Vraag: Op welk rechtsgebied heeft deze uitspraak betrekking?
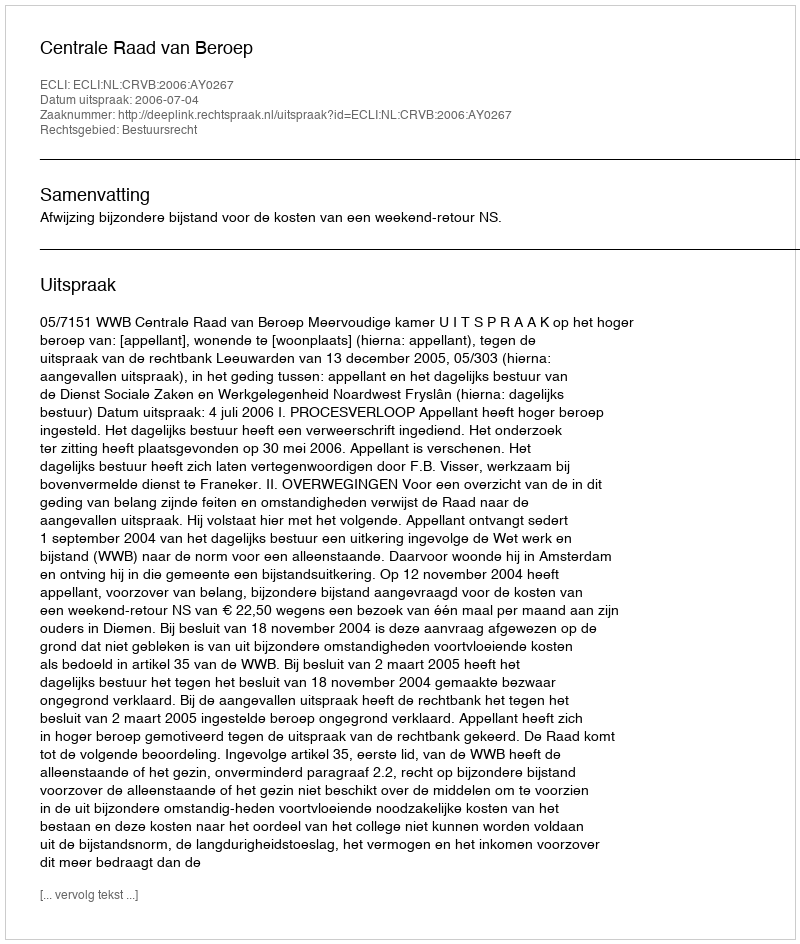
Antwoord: Bestuursrecht